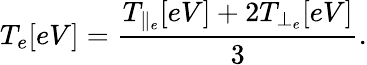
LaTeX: T_{e}[eV]=\frac{T_{\parallel_{e}}[eV]+2T_{\perp_{e}}[eV]}{3}.